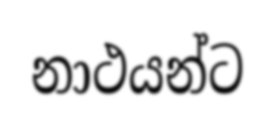
නාථයන්ට